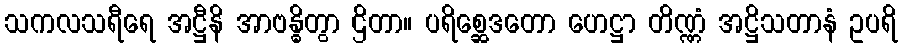
သကလသရီရေ အဋ္ဌီနိ အာဗန္ဓိတွာ ဌိတာ။ ပရိစ္ဆေဒတော ဟေဋ္ဌာ တိဏ္ဏံ အဋ္ဌိသတာနံ ဥပရိ